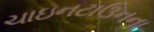
ચાઇનટાઉનના